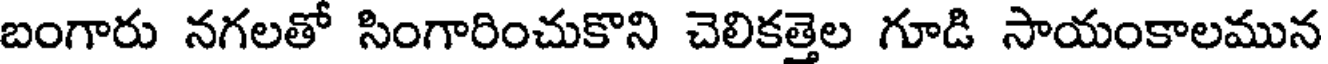
బంగారు నగలతో సింగారించుకొని చెలికత్తెల గూడి సాయంకాలమున